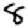
Digit: 8